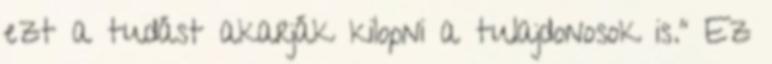
ezt a tudást akarják kilopni a tulajdonosok is.” Ez